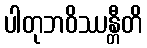
ပါတုဘဝိဿန္တီတိ